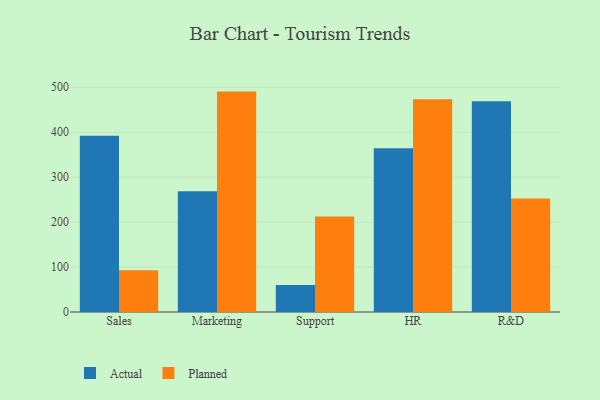
{"axis": {"x": "Department", "y": "Production Output"}, "legend": ["Actual", "Planned"], "data": [{"x": "Sales", "y": 391.9, "type": "Actual"}, {"x": "Sales", "y": 93.0, "type": "Planned"}, {"x": "Marketing", "y": 268.4, "type": "Actual"}, {"x": "Marketing", "y": 490.4, "type": "Planned"}, {"x": "Support", "y": 60.2, "type": "Actual"}, {"x": "Support", "y": 212.4, "type": "Planned"}, {"x": "HR", "y": 364.4, "type": "Actual"}, {"x": "HR", "y": 473.5, "type": "Planned"}, {"x": "R&D", "y": 469.1, "type": "Actual"}, {"x": "R&D", "y": 252.8, "type": "Planned"}]}